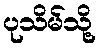
ပုသိမ်သို့